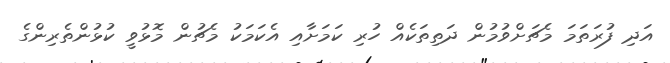
އަދި ފުރަތަމަ މެޗަށްވުމުން ދަތިތަކެއް ހުރި ކަމަށާއި އެކަމަކު މެޗުން މޮޅުވީ ކުޅުންތެރިންގެ